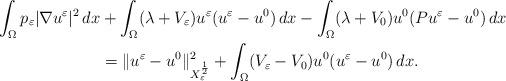
LaTeX: \begin{align*}\int_\Omega p_\varepsilon |\nabla u^\varepsilon|^2\,dx &+\int_\Omega (\lambda+V_\varepsilon )u^\varepsilon(u^\varepsilon-u^0)\,dx-\int_\Omega (\lambda+V_0) u^0(Pu^\varepsilon-u^0)\,dx\\ &=\|u^\varepsilon-u^0\|_{X_\varepsilon^\frac{1}{2}}^2+\int_\Omega (V_\varepsilon-V_0)u^0(u^\varepsilon-u^0)\,dx.\end{align*}